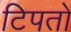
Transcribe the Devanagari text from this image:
टिपतो